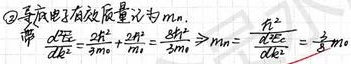
\textcircled{3} 导电电子有效质量记为\(m_n\)，带 \(\frac{d^2E}{dk^2}=\frac{\hbar^2}{2m_0}\)，\(\frac{\hbar^2}{2m^*}=\frac{\hbar^2}{8m_0}\Rightarrow m^*_n = \frac{1}{\frac{d^2E}{dk^2}}=\frac{1}{8}m_0\)